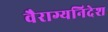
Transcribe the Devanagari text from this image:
वैराग्यनिदेश